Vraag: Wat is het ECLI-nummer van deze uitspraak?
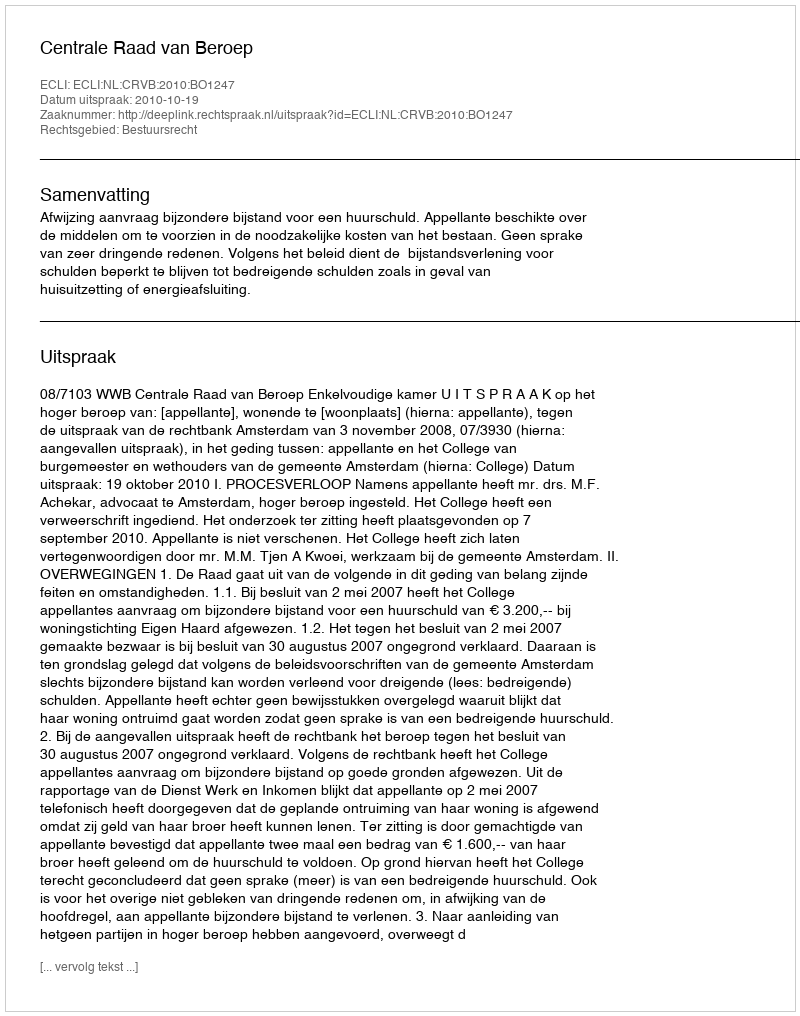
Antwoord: ECLI:NL:CRVB:2010:BO1247